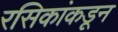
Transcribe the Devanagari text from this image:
रसिकांकडून